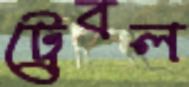
ট্রেবল